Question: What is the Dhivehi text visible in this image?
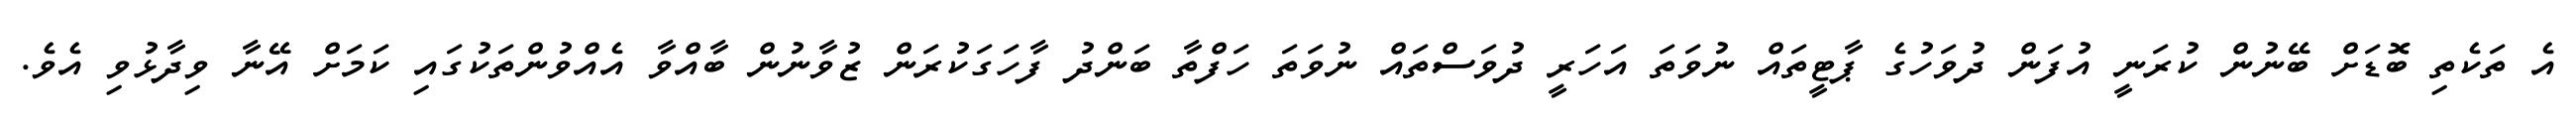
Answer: އެ ތަކެތި ބޮޑަށް ބޭނުން ކުރަނީ އުފަން ދުވަހުގެ ޕާޓީތައް ނުވަތަ އަހަރީ ދުވަސްތައް ނުވަތަ ހަފްތާ ބަންދު ފާހަގަކުރަން ޒުވާނުން ބާއްވާ އެއްވުންތަކުގައި ކަމަށް އޭނާ ވިދާޅުވި އެވެ.